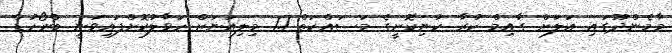
މާމެންދޫގައި އަލަށް ގާއިމް ކުރާ ކުނިކޮށީގެ މަސައްކަތް 1.1 މިލިއަނަށް ހަވާލުކޮށްފައިވަނީ ބްރޯހުޑް